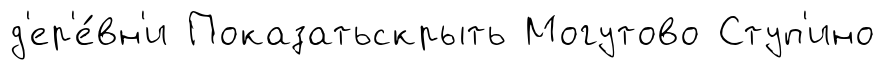
д'ер'е́вн'и Показатьскрыть Могутово Ступ'ино